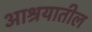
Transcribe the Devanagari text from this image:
आश्रयातील